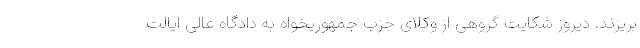
بریزند. دیروز شکایت گروهی از وکلای جزب جمهوریخواه به دادگاه عالی ایالت